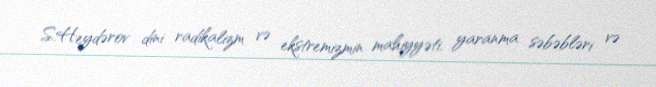
S.Heydərov dini radikalizm və ekstremizmin mahiyyəti, yaranma səbəbləri və